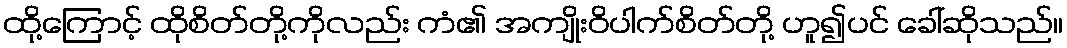
ထို့ကြောင့် ထိုစိတ်တို့ကိုလည်း ကံ၏ အကျိုးဝိပါက်စိတ်တို့ ဟူ၍ပင် ခေါ်ဆိုသည်။